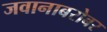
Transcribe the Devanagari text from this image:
जवानाबरोबर